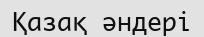
Қазақ әндері